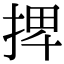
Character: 𢮆